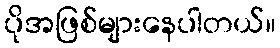
ပိုအဖြစ်များနေပါတယ်။